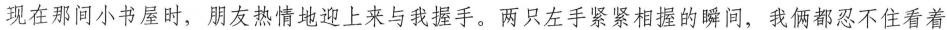
现在那间小书屋时，朋友热情地迎上来与我握手。两只左手紧紧相握的瞬间，我俩都忍不住看着